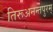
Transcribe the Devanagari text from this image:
तिरूअनन्तपुरम्